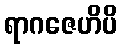
ရာဂဇေဟိပိ